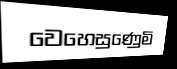
වෙහෙසුණෙුමි